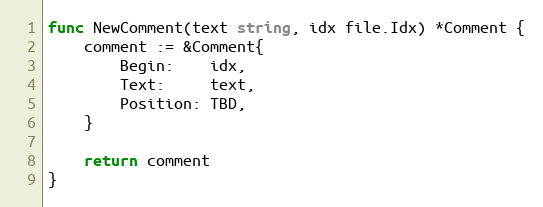
Language: Go
func NewComment(text string, idx file.Idx) *Comment {
	comment := &Comment{
		Begin:    idx,
		Text:     text,
		Position: TBD,
	}

	return comment
}